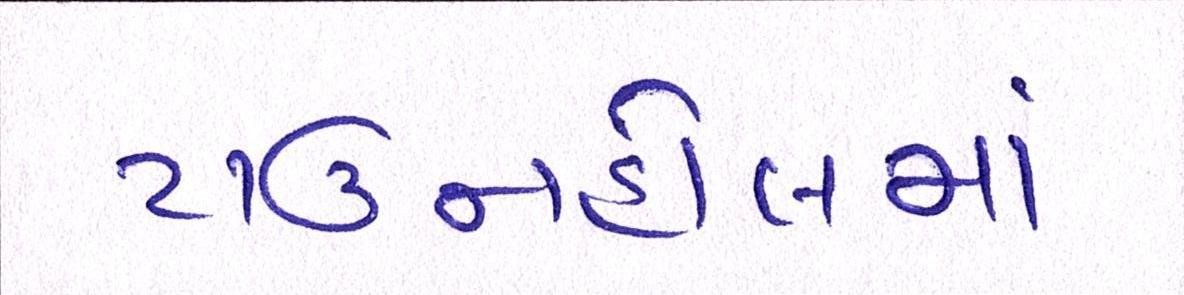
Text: ટાઉનહોલમાં